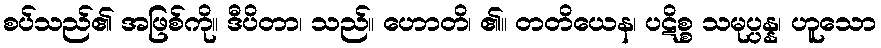
စပ်သည်၏ အဖြစ်ကို။ ဒီပိတာ၊ သည်။ ဟောတိ၊ ၏။ တတိယေန၊ ပဋိစ္စ သမုပ္ပန္န၊ ဟူသော